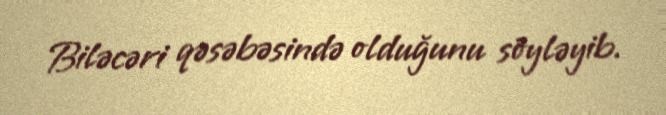
Biləcəri qəsəbəsində olduğunu söyləyib.